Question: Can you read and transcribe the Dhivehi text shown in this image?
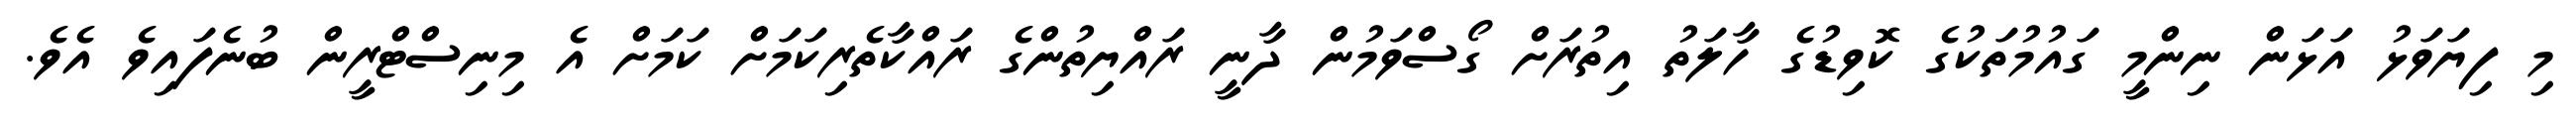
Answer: މި ފިޔަވަޅު އަޅަން ނިންމީ ގައުމުތަކުގެ ކޮވިޑުގެ ހާލަތު އިތުރަށް ގޯސްވަމުން ދާނީ ރައްޔިތުންގެ ރައްކާތެރިކަމަށް ކަމަށް އެ މިނިސްޓްރީން ބުނެފައިވެ އެވެ.